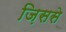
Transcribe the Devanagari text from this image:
ज़िससे